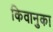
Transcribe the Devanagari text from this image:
किवानुका